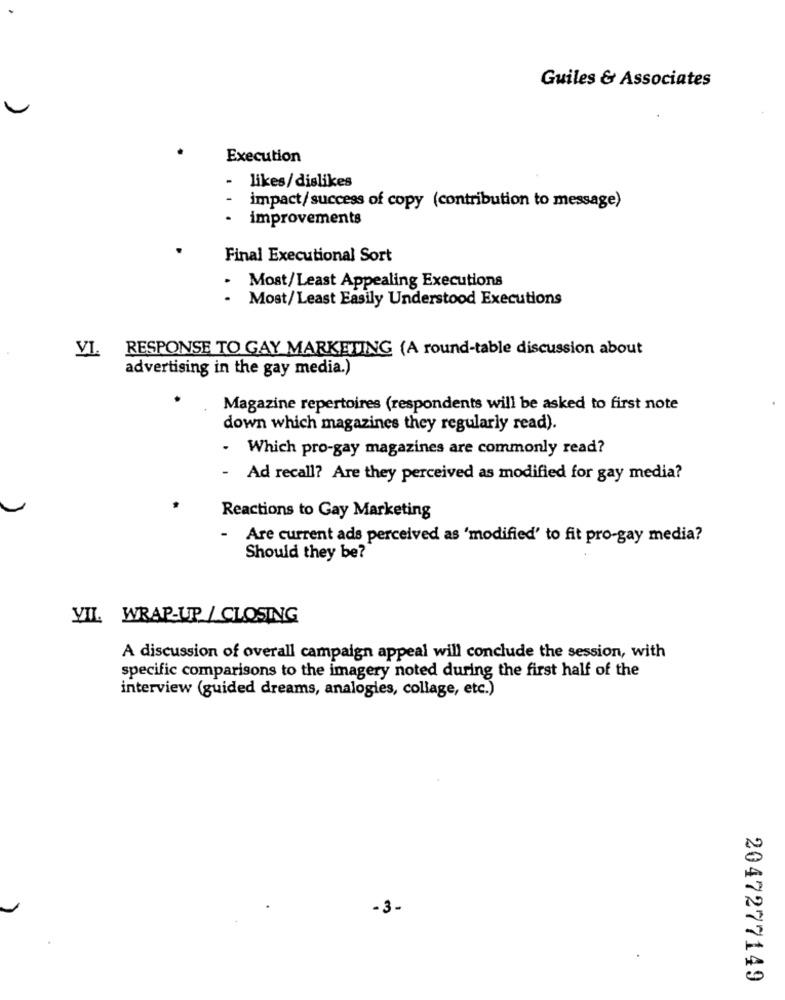
Guiles & Associates
Execution
-
likes/ dislikes
- impact/ success of copy (contribution to message)
- improvements
Final Executional Sort
.
Most/Least Appealing Executions
- Most/Least Easily Understood Executions
RESPONSE TO GAY MARKETING (A round-table discussion about
VI.
advertising in the gay media.)
Magazine repertoires (respondents will be asked to first note
down which magazines they regularly read).
- Which pro-gay magazines are commonly read?
- Ad recall? Are they perceived as modified for gay media?
Reactions to Gay Marketing
- Are current ads perceived as 'modified' to fit pro-gay media?
Should they be?
YIL. WRAP-UP / CLOSING
A discussion of overall campaign appeal will conclude the session, with
specific comparisons to the imagery noted during the first half of the
interview (guided dreams, analogies, collage, etc.)
-3-
2047277149